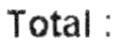
TOTAL :